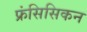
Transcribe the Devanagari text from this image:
फ्रंसिसिकन